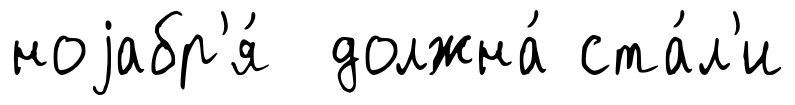
ноjабр'я́ должна́ ста́л'и